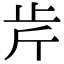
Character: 𣥍